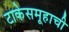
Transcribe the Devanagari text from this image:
टाकेसमूहाची